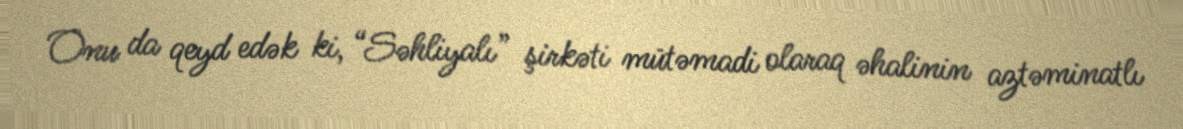
Onu da qeyd edək ki, “Səhliyalı” şirkəti mütəmadi olaraq əhalinin aztəminatlı